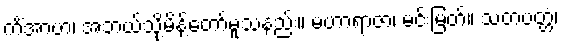
ကိံအာဟ၊ အဘယ်သို့မိန့်တော်မူသနည်း။ မဟာရာဇာ၊ မင်းမြတ်။ သတပတ္တံ၊